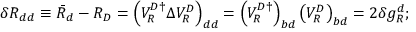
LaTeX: \delta R _ { d d } \equiv \bar { R } _ { d } - R _ { D } = \left( V _ { R } ^ { D \dagger } \Delta V _ { R } ^ { D } \right) _ { d d } = \left( V _ { R } ^ { D \dagger } \right) _ { b d } \left( V _ { R } ^ { D } \right) _ { b d } = 2 \delta g _ { R } ^ { d } ;